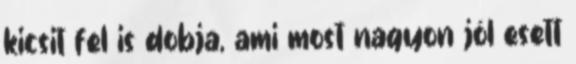
kicsit fel is dobja, ami most nagyon jól esett